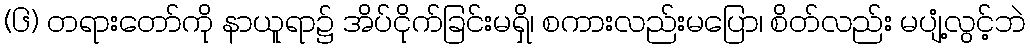
(၆) တရားတော်ကို နာယူရာ၌ အိပ်ငိုက်ခြင်းမရှိ၊ စကားလည်းမပြော၊ စိတ်လည်း မပျံ့လွင့်ဘဲ